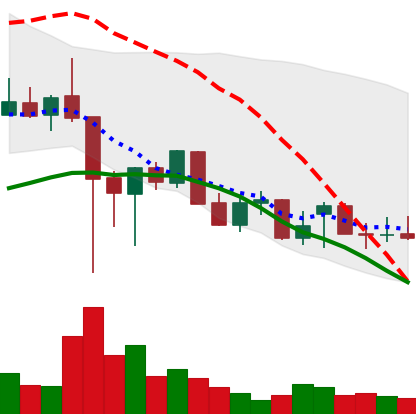
Ticker: XLM-USD
Chart end date: 2021-12-19
Forward return: 9.984%
Label: up_7plus